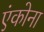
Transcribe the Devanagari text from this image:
एंकोना